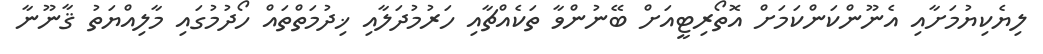
ލިޔެކިޔުމަށާއި އެނޫންކަންކަމަށް އޮތޯރިޓީއަށް ބޭނުންވާ ތަކެއްޗާއި ހަރުމުދަލާއި ޚިދުމަތްތައް ހޯދުމުގައި މާލިއްޔަތު ޤާނޫނާ